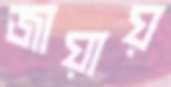
জায়ায়